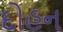
દોહન